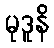
မုဒူနိ